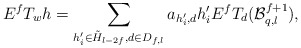
\begin{align*} E^f T_w h= \sum_{h_i'\in \tilde H_{l-2f}, d\in D_{f,l}} a_{h_i',d} h_i' E^f T_d ( \mathcal B_{q,l}^{f+1}),\end{align*}